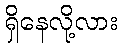
ရှိနေလို့လား